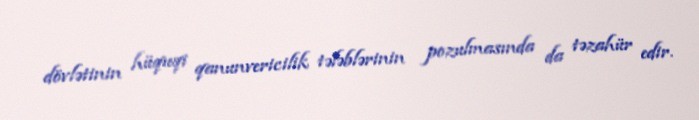
dövlətinin hüquqi qanunvericilik tələblərinin pozulmasında da təzahür edir.